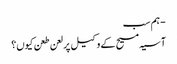
- ہم سب
آسیہ مسیح کے وکیل پر لعن طعن کیوں؟